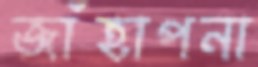
জাঁহাপনা